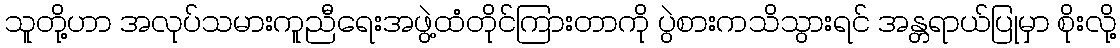
သူတို့ဟာ အလုပ်သမားကူညီရေးအဖွဲ့ထံတိုင်ကြားတာကို ပွဲစားကသိသွားရင် အန္တရာယ်ပြုမှာ စိုးလို့